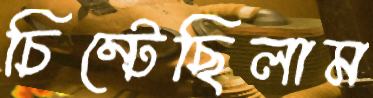
চিম্‌টেছিলাম